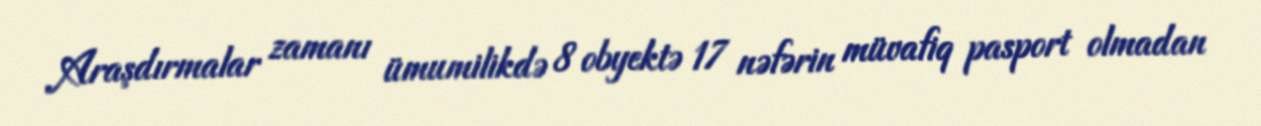
Araşdırmalar zamanı ümumilikdə 8 obyektə 17 nəfərin müvafiq pasport olmadan